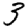
Digit: 3